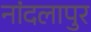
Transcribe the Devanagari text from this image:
नांदलापुर